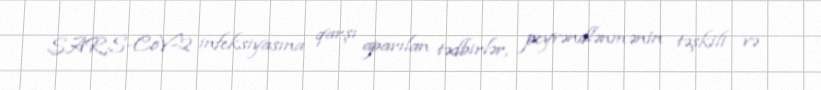
SARS-CoV-2 infeksiyasına qarşı aparılan tədbirlər, peyvəndlənmənin təşkili və